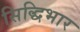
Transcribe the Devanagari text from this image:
सिद्धिभार